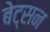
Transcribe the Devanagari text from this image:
बेट्सन